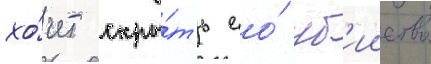
хо́чет скры́ть ео́ уб'ииство